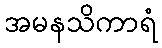
အမနသိကာရံ